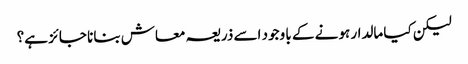
لیکن کیا مالدار ہونے کے با وجود اسے ذریعہ معاش بنانا جائز ہے؟